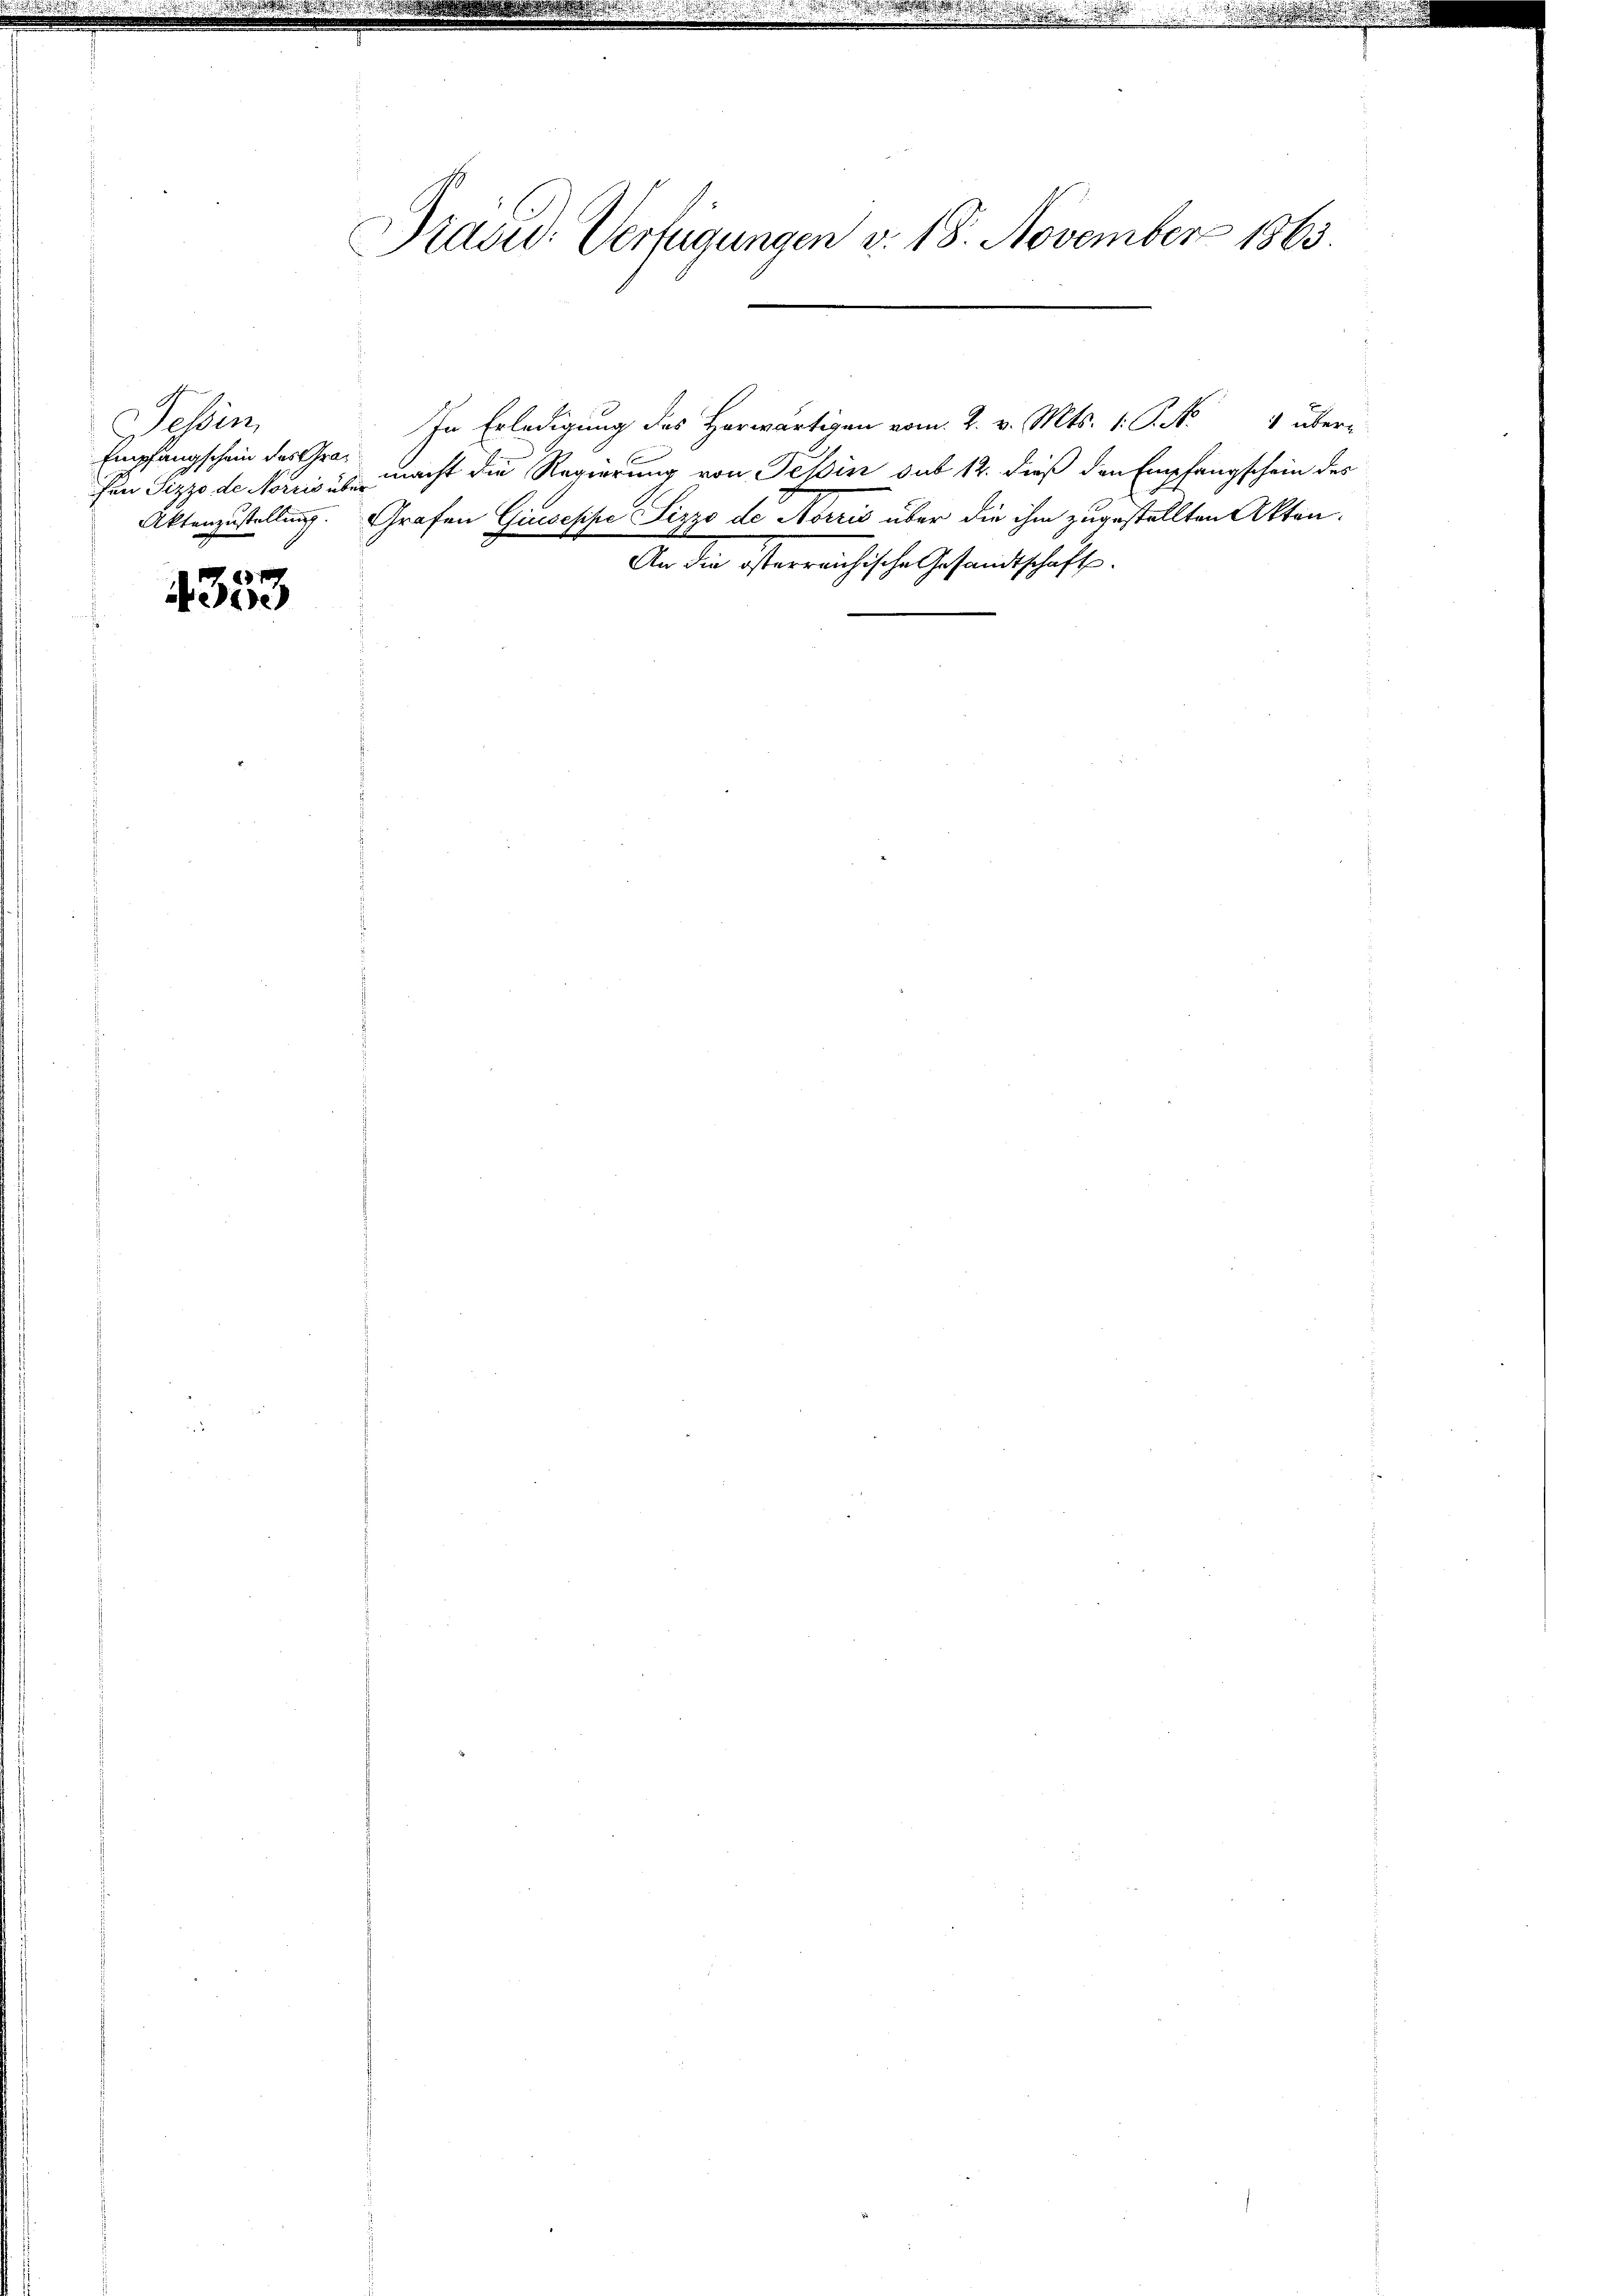
Tessin
Empfangschein des Grafon Pizzo de Norris über
Aktenzustellung.

4353

Präsid. Verfügungen v. 18. November 1865

In Erledigung des Horwärtigen vom 2. v. Mts. 1. P. No 4 über-
macht die Regierung von Tessin sub 12. dieß den Empfangschein des
Grafen Giuseppe Pizzo de Abris über die ihm zugestellten Akten.
An die österreichische Gesandtschaft.